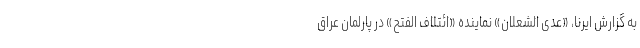
به گزارش ایرنا، «عدی الشعلان» نماینده «ائتلاف الفتح» در پارلمان عراق